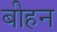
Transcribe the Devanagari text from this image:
बीहन